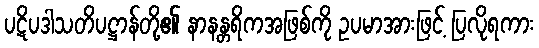
ပဋိပဒါသတိပဋ္ဌာန်တို့၏ နာနန္တရိကအဖြစ်ကို ဥပမာအားဖြင့် ပြလိုရကား